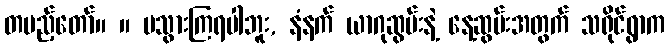
တပည့်တော်။ ။ မသွားကြရပါဘူး, နံနက် ယာဂုဆွမ်းနဲ့ နေ့ဆွမ်းအတွက် သရိုင်ရွာက